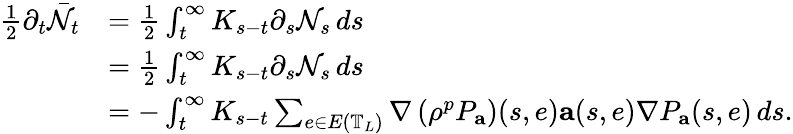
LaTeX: \begin{array}{rl}{\frac{1}{2}\partial_{t}\bar{\mathcal{N}}_{t}}&{=\frac 12\int_{t}^{\infty}K_{s-t}\partial_{s}\mathcal{N}_{s}\, ds}\\ &{=\frac 12\int_{t}^{\infty}K_{s-t}\partial_{s}\mathcal{N}_{s}\, ds}\\ &{=-\int_{t}^{\infty}K_{s-t}\sum_{e\in E\left(\mathbb{T}_{L}\right)}\nabla\left(\rho^{p}P_{\mathbf{a}}\right)(s,e)\mathbf{a}(s,e)\nabla P_{\mathbf{a}}(s,e)\, ds.}\end{array}